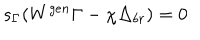
LaTeX: s _ { \Gamma } ( W ^ { g e n } \Gamma - \chi \Delta _ { b r } ) = 0